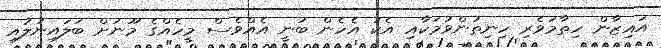
އައިޒާން ހިތާމަވެރި ހިނިތުންވުމަކާއި އެކު އެހެން ބުނީ އެއްވެސް މީހެއްގެ މޫނަށް ބަލައިނުލައި